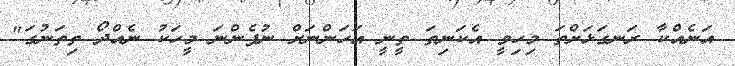
އަނެއްކާ ރަނގަޅަށްތަ މިހިވީ އެކަނިތަ ތީނީ އަހަންނަށް ނުފެންނަ މީހަކު ނެއްދޯ ތިތަނުގަ"